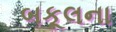
બકૂલના